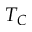
T _ { C }